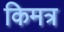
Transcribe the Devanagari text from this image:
किमत्र